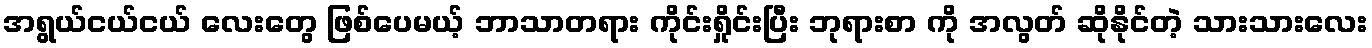
အရွယ်ငယ်ငယ် လေးတွေ ဖြစ်ပေမယ့် ဘာသာတရား ကိုင်းရှိုင်းပြီး ဘုရားစာ ကို အလွတ် ဆိုနိုင်တဲ့ သားသားလေး